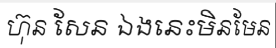
ហ៊ុន សែន ឯងនេះមិនមែន